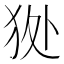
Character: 𤝥